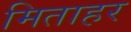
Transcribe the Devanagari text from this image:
मिताहर